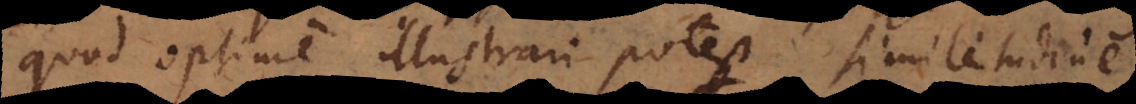
quod optime illustrari potest similitudine